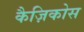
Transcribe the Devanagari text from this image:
कैज़िकोस